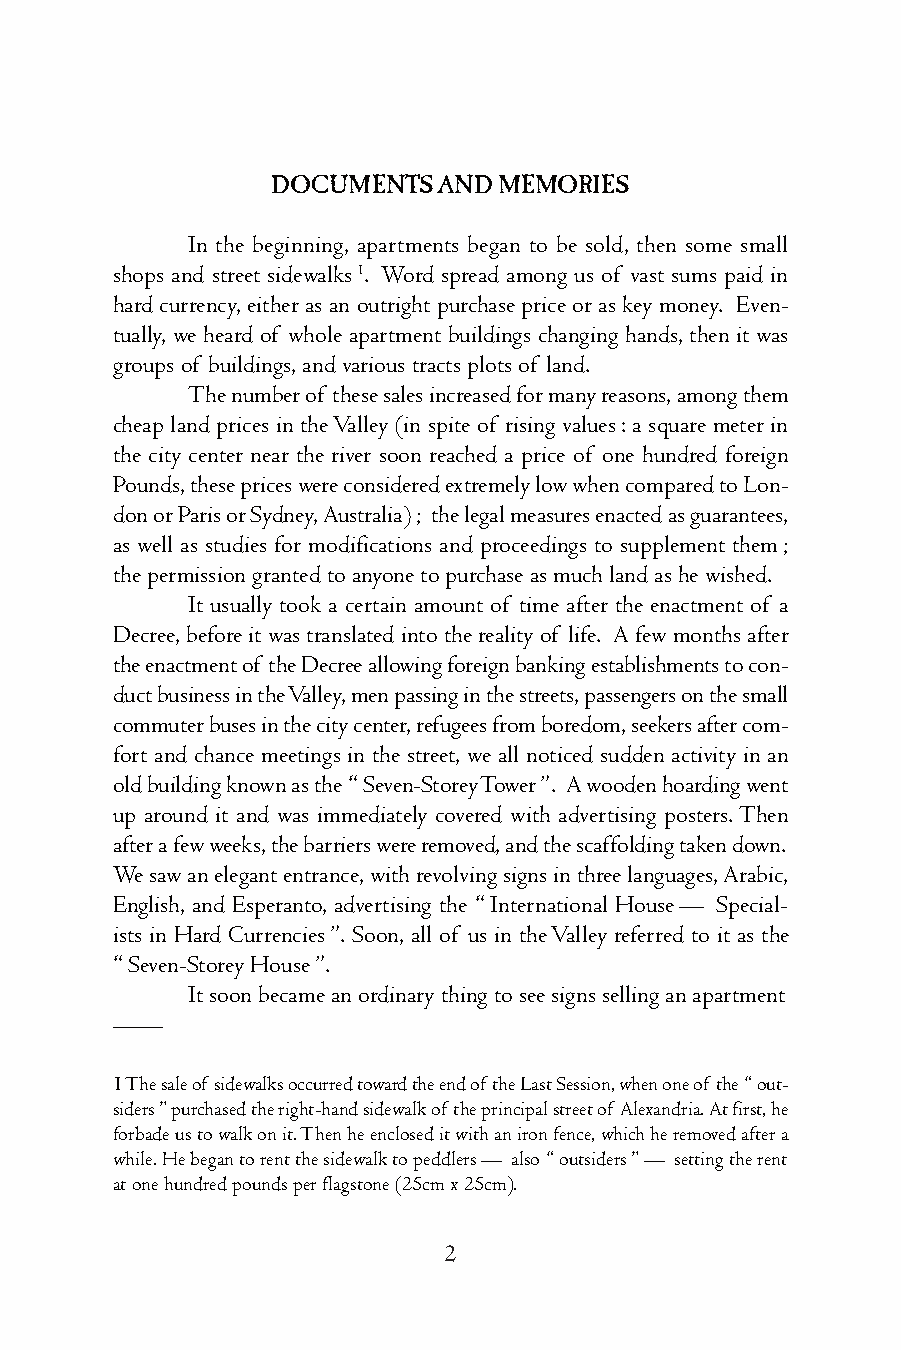
DOCUMENTSANDMEMORIES
 In the beginning, apartments began to be sold, then some small
 shops and street sidewalks1. Word spread among us of vast sums paid in
 hard currency, either as an outright purchase price or as key money. Even-
 tually, we heard of whole apartment buildings changing hands, then it was
 groupsof buildings,andvarioustractsplotsof land.
 Thenumberof thesesalesincreasedformanyreasons,amongthem
 cheap land prices in theValley (in spite of rising values: a square meter in
 the city center near the river soon reached a price of one hundred foreign
 Pounds,thesepriceswereconsideredextremelylowwhencomparedtoLon-
 donorParisorSydney,Australia); thelegalmeasuresenactedasguarantees,
 as well as studies for modifications and proceedings to supplement them;
 thepermissiongrantedtoanyonetopurchaseasmuchlandashewished.
 It usually took a certain amount of time after the enactment of a
 Decree,beforeitwastranslatedintotherealityof life. Afewmonthsafter
 theenactmentof theDecreeallowingforeignbankingestablishmentstocon-
 ductbusinessintheValley,menpassinginthestreets,passengersonthesmall
 commuterbusesinthecitycenter,refugeesfromboredom,seekersaftercom-
 fort and chance meetings in the street, we all noticed sudden activity in an
 oldbuildingknownasthe “Seven-StoreyTower”. Awoodenhoardingwent
 up around it and was immediately covered with advertising posters.Then
 afterafewweeks,thebarrierswereremoved,andthescaffoldingtakendown.
 Wesawanelegantentrance,withrevolvingsignsinthreelanguages,Arabic,
 English, and Esperanto, advertising the “International House— Special-
 ists in Hard Currencies”. Soon, all of us in theValley referred to it as the
 “Seven-StoreyHouse”.
 Itsoonbecameanordinarythingtoseesignssellinganapartment
 ——
 1Thesaleof sidewalksoccurredtowardtheendof theLastSession,whenoneof the“out-
 siders”purchasedtheright-handsidewalkof theprincipalstreetof Alexandria.Atfirst,he
 forbadeustowalkonit.Thenheencloseditwithanironfence,whichheremovedaftera
 while.Hebegantorentthesidewalktopeddlers— also“outsiders”— settingtherent
 atonehundredpoundsperflagstone(25cmx25cm).
 2